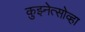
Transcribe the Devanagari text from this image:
कुझ्नेत्सोव्हा